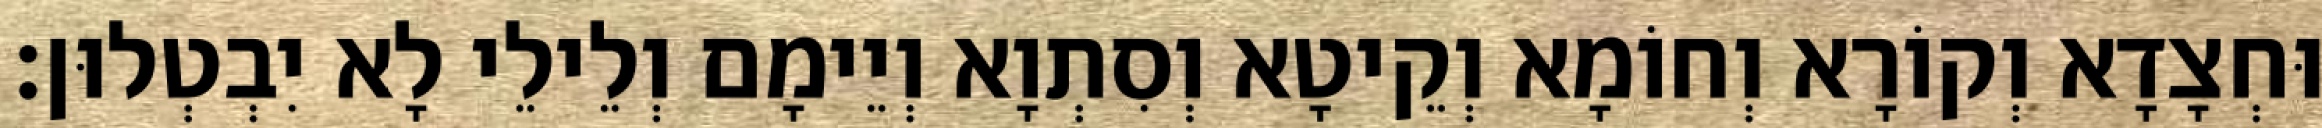
וּחְצָדָא וְקוֹרָא וְחוֹמָא וְקֵיטָא וְסִתְוָא וְיֵימָם וְלֵילֵי לָא יִבְטְלוּן׃